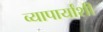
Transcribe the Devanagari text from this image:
व्यापार्यांशी